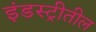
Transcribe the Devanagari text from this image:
इंडस्ट्रीतील